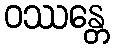
ဝဿန္တေ